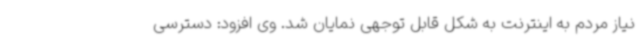
نیاز مردم به اینترنت به شکل قابل توجهی نمایان شد. وی افزود: دسترسی